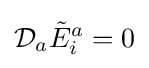
{\mathcal {D}}_{a}{\tilde {E}}_{i}^{a}=0